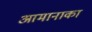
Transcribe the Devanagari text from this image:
आमानाका